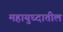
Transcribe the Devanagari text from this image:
महायुध्दातील